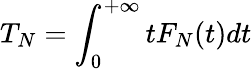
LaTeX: T_{N}=\int_{0}^{+\infty}tF_{N}(t)dt